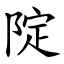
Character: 䧑